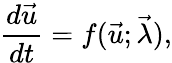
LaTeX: \frac{d\vec{u}}{dt}=f(\vec{u};\vec{\lambda}),